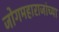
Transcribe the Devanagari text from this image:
जोगमहाराजांच्या